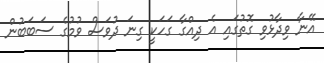
އޭނާ ވިދާޅުވި ގޮތުގައި އެ ދިއްގާ ގަހަކީ ގިނަ ދުވަސް ވުމުގެ ސަބަބުން